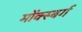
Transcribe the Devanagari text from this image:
मोंक्स्बर्ग